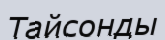
Тайсонды